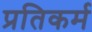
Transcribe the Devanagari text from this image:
प्रतिकर्म